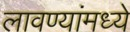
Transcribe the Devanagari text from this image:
लावण्यांमध्ये